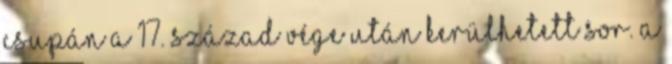
csupán a 17. század vége után kerülhetett sor. A